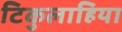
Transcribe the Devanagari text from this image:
टिकुलाहिया